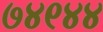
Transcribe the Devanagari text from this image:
७४९४४